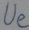
Text: Ue